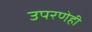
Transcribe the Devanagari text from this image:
उपरणेही